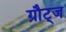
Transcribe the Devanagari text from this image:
ग्रौट्ज